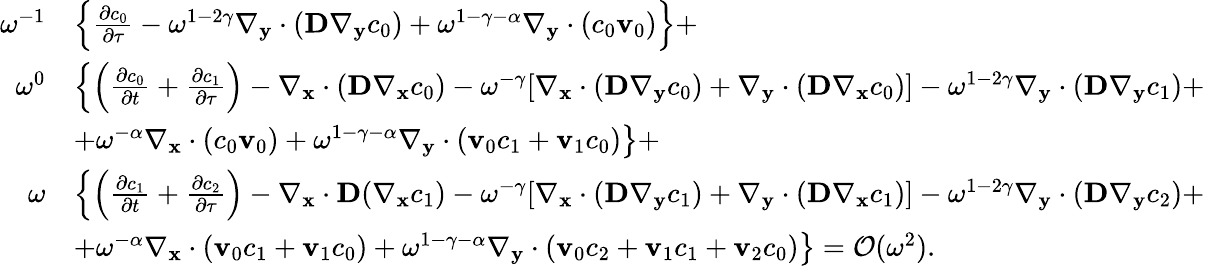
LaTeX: \begin{array}{rl}{\omega^{-1}}&{\left\{ \frac{\partial c_{0}}{\partial\tau}-\omega^{1-2\gamma}\nabla_{\mathbf y}\cdot(\textbf{D}\nabla_{\mathbf y}c_{0})+\omega^{1-\gamma-\alpha}\nabla_{\mathbf y}\cdot(c_{0}\mathbf v_{0})\right\} +}\\ {\omega^{0}}&{\left\{ \left(\frac{\partial c_{0}}{\partial t}\right.+\frac{\partial c_{1}}{\partial\tau}\right)-\nabla_{\mathbf x}\cdot(\textbf{D}\nabla_{\mathbf x}c_{0})-\omega^{-\gamma}[\nabla_{\mathbf x}\cdot(\textbf{D}\nabla_{\mathbf y}c_{0})+\nabla_{\mathbf y}\cdot(\textbf{D}\nabla_{\mathbf x}c_{0})]-\omega^{1-2\gamma}\nabla_{\mathbf y}\cdot(\textbf{D}\nabla_{\mathbf y}c_{1})+}\\ &{\left.+\omega^{-\alpha}\nabla_{\mathbf x}\cdot(c_{0}\mathbf v_{0})+\omega^{1-\gamma-\alpha}\nabla_{\mathbf y}\cdot(\mathbf v_{0}c_{1}+\mathbf v_{1}c_{0})\right\} +}\\ {\omega}&{\left\{ \left(\frac{\partial c_{1}}{\partial t}\right.+\frac{\partial c_{2}}{\partial\tau}\right)-\nabla_{\mathbf x}\cdot\textbf{D}(\nabla_{\mathbf x}c_{1})-\omega^{-\gamma}[\nabla_{\mathbf x}\cdot(\textbf{D}\nabla_{\mathbf y}c_{1})+\nabla_{\mathbf y}\cdot(\textbf{D}\nabla_{\mathbf x}c_{1})]-\omega^{1-2\gamma}\nabla_{\mathbf y}\cdot(\textbf{D}\nabla_{\mathbf y}c_{2})+}\\ &{\left.+\omega^{-\alpha}\nabla_{\mathbf x}\cdot(\mathbf v_{0}c_{1}+\mathbf v_{1}c_{0})+\omega^{1-\gamma-\alpha}\nabla_{\mathbf y}\cdot(\mathbf v_{0}c_{2}+\mathbf v_{1}c_{1}+\mathbf v_{2}c_{0})\right\} =\mathcal{O}(\omega^{2}).}\end{array}